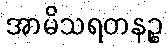
အာမိသရတနဉ္စ